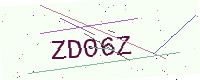
Text: ZD06Z